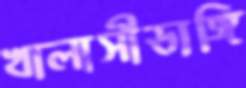
খালাসীডাঙ্গি